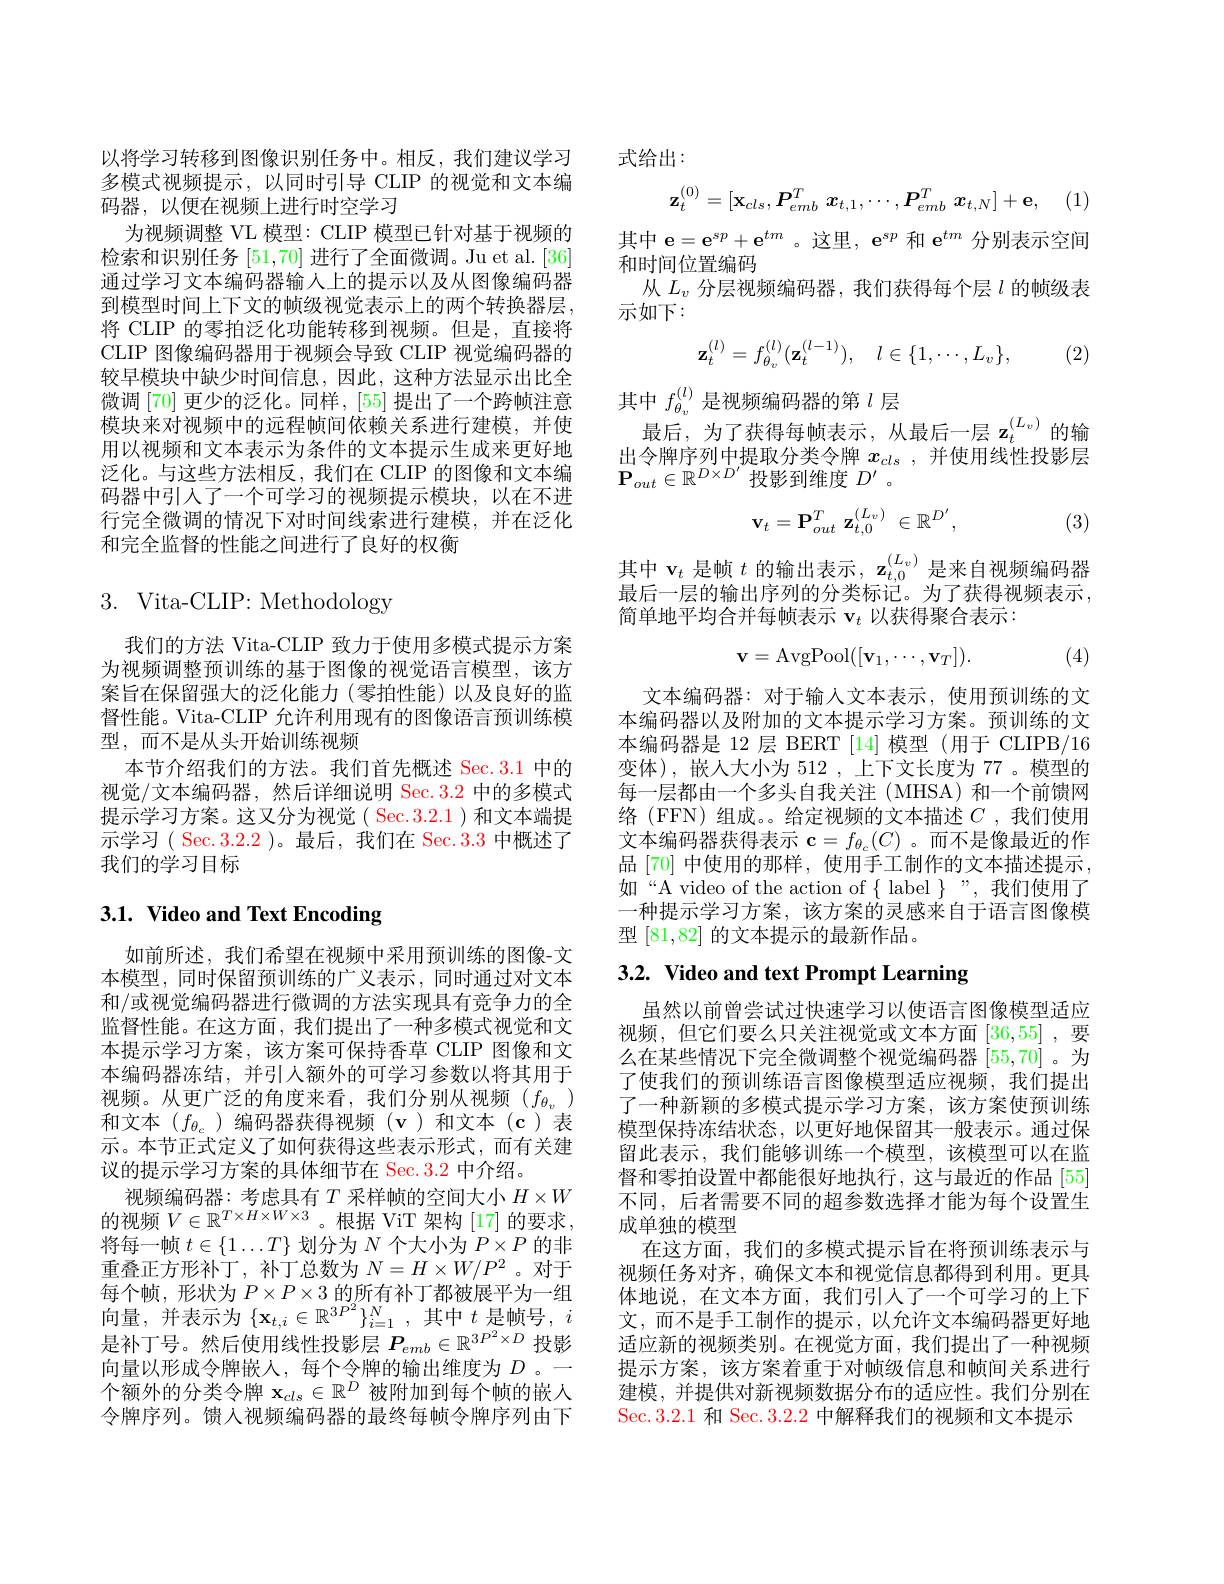
以将学习转移到图像识别任务中。相反，我们建议学习多模式视频提示，以同时引导 CLIP 的视觉和文本编码器，以便在视频上进行时空学习
为视频调整 VL 模型：CLIP 模型已针对基于视频的检索和识别任务[51,70]进行了全面微调。Ju et al. [36] 通过学习文本编码器输入上的提示以及从图像编码器到模型时间上下文的帧级视觉表示上的两个转换器层， 将 CLIP 的零拍泛化功能转移到视频。但是，直接将CLIP 图像编码器用于视频会导致 CLIP 视觉编码器的较早模块中缺少时间信息，因此，这种方法显示出比全微调 [70] 更少的泛化。同样，[55] 提出了一个跨帧注意模块来对视频中的远程帧间依赖关系进行建模，并使用以视频和文本表示为条件的文本提示生成来更好地泛化。与这些方法相反，我们在 CLIP 的图像和文本编码器中引人了一个可学习的视频提示模块，以在不进行完全微调的情况下对时间线索进行建模，并在泛化和完全监督的性能之间进行了良好的权衡

3. Vita-CLIP: Methodology

我们的方法 Vita-CLIP 致力于使用多模式提示方案为视频调整预训练的基于图像的视觉语言模型，该方案旨在保留强大的泛化能力(零拍性能)以及良好的监督性能。Vita-CLIP 允许利用现有的图像语言预训练模型，而不是从头开始训练视频
本节介绍我们的方法。我们首先概述 Sec.3.1 中的视觉/文本编码器，然后详细说明 Sec.3.2 中的多模式提示学习方案。这又分为视觉( Sec.3.2.1)和文本端提示学习( Sec.3.2.2 )。最后，我们在 Sec.3.3 中概述了我们的学习目标

## $3. 1. \textbf{ Video and Text Encoding}$

如前所述，我们希望在视频中采用预训练的图像-文本模型，同时保留预训练的广义表示，同时通过对文本和/或视觉编码器进行微调的方法实现具有竞争力的全监督性能。在这方面，我们提出了一种多模式视觉和文本提示学习方案，该方案可保持香草 CLIP 图像和文本编码器冻结，并引入额外的可学习参数以将其用于视频。从更广泛的角度来看，我们分别从视频(f_{$\theta_v )$ 和文本($f_{\theta_{c}}$)编码器获得视频(v)和文本(c)表示。本节正式定义了如何获得这些表示形式，而有关建议的提示学习方案的具体细节在 Sec.3.2 中介绍。
视频编码器：考虑具有$T$采样帧的空间大小$H\times W$ 的视频$V\in\mathbb{R}^T\times H\times W\times3$。根据 ViT 架构[17]的要求， 将每一帧$t\in\{1\ldots T\}$划分为$N$个大小为$P\times P$的非重叠正方形补丁，补丁总数为$N=H\times W/P^2$ 。对于每个帧，形状为$P\times P\times3$的所有补丁都被展平为一组向量，并表示为$\{\mathbf{x}_{t,i}\in\mathbb{R}^{3P^{2}}\}_{i=1}^{N}$,其中$t$是帧号$,i$ 是补丁号。然后使用线性投影层$P_{emb}\in\mathbb{R}^{3P^2\times D}$投影向量以形成令牌嵌人，每个令牌的输出维度为$D$ 。一个额外的分类令牌$\mathbf{x}_{cls}\in\mathbb{R}^D$被附加到每个帧的嵌人令牌序列。馈人视频编码器的最终每帧令牌序列由下

式给出：
$$\mathbf{z}_t^{(0)}=[\mathbf{x}_{cls},\boldsymbol{P}_{emb}^T\boldsymbol{x}_{t,1},\cdots,\boldsymbol{P}_{emb}^T\boldsymbol{x}_{t,N}]+\mathbf{e},$$
(1)

其中$\mathbf{e}=\mathbf{e}^{sp}+\mathbf{e}^{tm}$ 。这里，$\mathbf{e}^sp$和$\mathbf{e}^tm$分别表示空间
和时间位置编码
从$L_v$分层视频编码器，我们获得每个层$l$的帧级表
示如下：

(2)
$$\mathbf{z}_{t}^{(l)}=f_{\theta_{v}}^{(l)}(\mathbf{z}_{t}^{(l-1)}),\quad l\in\{1,\cdots,L_{v}\},$$
最后，为了获得每帧表示，从最后一层 $\mathbf{z}_t^{(L_v)}$的输出令牌序列中提取分类令牌$x_{cls}$,并使用线性投影层

其中$f_{\theta_v}^{(l)}$是视频编码器的第$l$层$\mathbf{P}_{out}\in\mathbb{R}^{D\times D^{\prime}}$投影到维度$D^\prime$。
$$\mathbf{v}_{t}=\mathbf{P}_{out}^{T}\:\mathbf{z}_{t,0}^{(L_{v})}\:\in\mathbb{R}^{D^{\prime}},$$
(3)

其中$\mathbf{v}_t$是帧$t$的输出表示$,\mathbf{z}_t,0^{(L_v)}$是来自视频编码器最后一层的输出序列的分类标记。为了获得视频表示， 简单地平均合并每帧表示$\mathbf{v}_t$以获得聚合表示：
$$\mathbf{v}=\mathrm{AvgPool}([\mathbf{v}_{1},\cdots,\mathbf{v}_{T}]).$$
(4)

文本编码器：对于输入文本表示，使用预训练的文本编码器以及附加的文本提示学习方案。预训练的文本编码器是 12 层 BERT [14] 模型 (用于 CLIPB/16变体),嵌人大小为 512 ,上下文长度为 77 。模型的每一层都由一个多头自我关注 (MHSA)和一个前馈网络 (FFN) 组成。。给定视频的文本描述$C$ ,我们使用文本编码器获得表示$\mathbf{c}=f_{\theta_c}(C)$ 。而不是像最近的作品[70]中使用的那样，使用手工制作的文本描述提示， 如“A video of the action of $\{$ label $\}$”,我们使用了一种提示学习方案，该方案的灵感来自于语言图像模型[81,82]的文本提示的最新作品。

# 3.2. Video and text Prompt Learning

虽然以前曾尝试过快速学习以使语言图像模型适应视频，但它们要么只关注视觉或文本方面[36,55],要么在某些情况下完全微调整个视觉编码器[55,70] 。为了使我们的预训练语言图像模型适应视频，我们提出了一种新颖的多模式提示学习方案，该方案使预训练模型保持冻结状态，以更好地保留其一般表示。通过保留此表示，我们能够训练一个模型，该模型可以在监督和零拍设置中都能很好地执行，这与最近的作品[55] 不同，后者需要不同的超参数选择才能为每个设置生成单独的模型
在这方面，我们的多模式提示旨在将预训练表示与视频任务对齐，确保文本和视觉信息都得到利用。更具体地说，在文本方面，我们引人了一个可学习的上下文，而不是手工制作的提示，以允许文本编码器更好地适应新的视频类别。在视觉方面，我们提出了一种视频提示方案，该方案着重于对帧级信息和帧间关系进行建模，并提供对新视频数据分布的适应性。我们分别在Sec. 3. 2. 1 和 Sec. 3.2.2 中解释我们的视频和文本提示